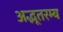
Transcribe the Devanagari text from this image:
अद्भूतरम्य